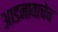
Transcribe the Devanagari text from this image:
आडनावाचेच